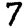
Digit: 7